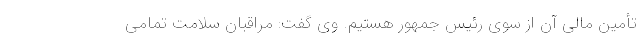
تأمین مالی آن از سوی رئیس جمهور هستیم. وی گفت: مراقبان سلامت تمامی